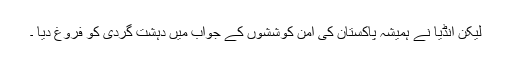
لیکن انڈیا نے ہمیشہ پاکستان کی امن کوششوں کے جواب میں دہشت گردی کو فروغ دیا ۔